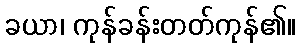
ခယာ၊ ကုန်ခန်းတတ်ကုန်၏။